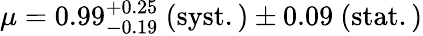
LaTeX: \mu=0.99_{-0.19}^{+0.25}~\mathrm{(syst.)}\pm 0.09~\mathrm{(stat.)}